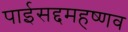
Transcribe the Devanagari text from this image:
पाईसद्दमहष्णव